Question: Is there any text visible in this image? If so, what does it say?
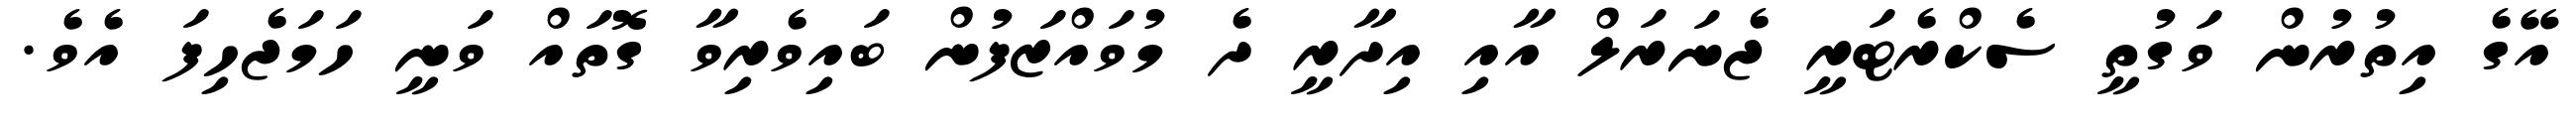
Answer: އޭގެ އިތުރުން ވަގުތީ ސެކްރެޓަރީ ޖެނަރަލް އާއި އިދާރީ ދެ މުވައްޒަފުން ބައިވެރިވާ ގޮތައް ވަނީ ހަމަޖެހިފަ އެވެ.